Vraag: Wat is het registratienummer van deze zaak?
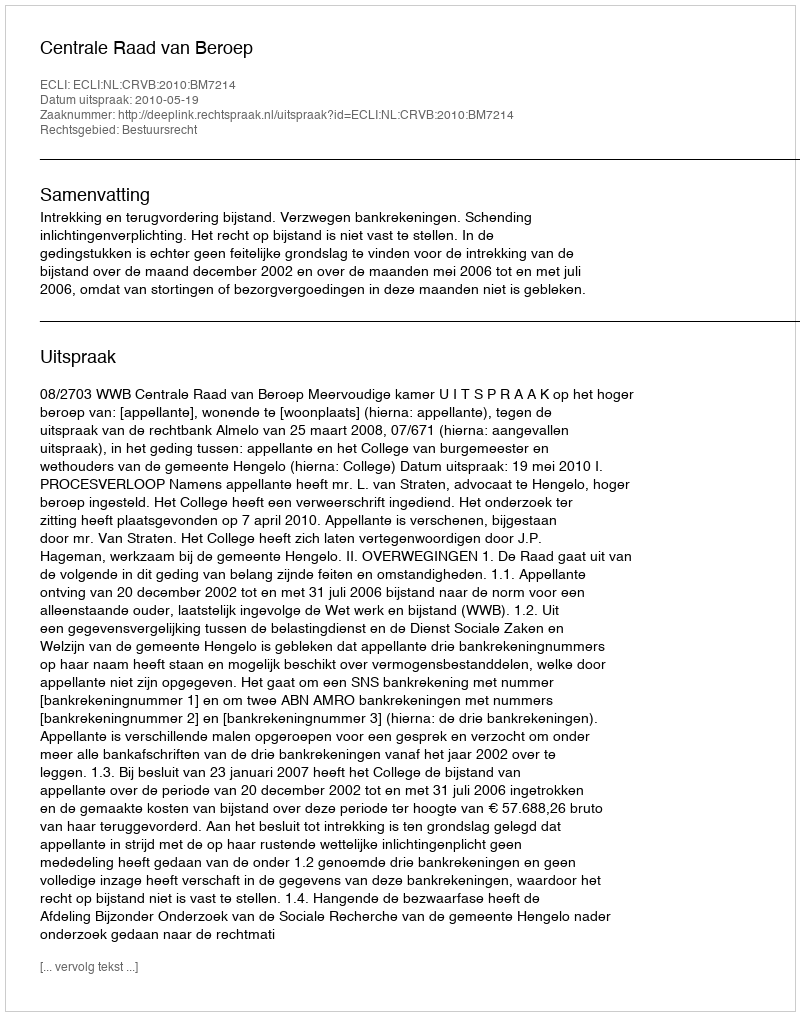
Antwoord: http://deeplink.rechtspraak.nl/uitspraak?id=ECLI:NL:CRVB:2010:BM7214